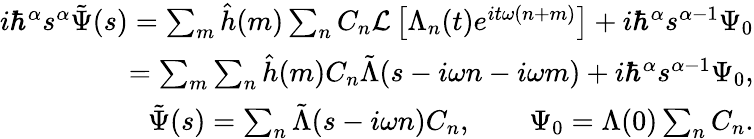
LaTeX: \begin{array}{r}{i\hbar^{\alpha}s^{\alpha}\tilde{\Psi}(s)=\sum_{m}\hat{h}(m)\sum_{n}C_{n}\mathcal{L}\left[\Lambda_{n}(t)e^{it\omega(n+m)}\right]+i\hbar^{\alpha}s^{\alpha-1}\Psi_{0}}\\ {=\sum_{m}\sum_{n}\hat{h}(m)C_{n}\tilde{\Lambda}(s-i\omega n-i\omega m)+i\hbar^{\alpha}s^{\alpha-1}\Psi_{0},}\\ {\tilde{\Psi}(s)=\sum_{n}\tilde{\Lambda}(s-i\omega n)C_{n},\quad\quad\Psi_{0}=\Lambda(0)\sum_{n}C_{n}.}\end{array}